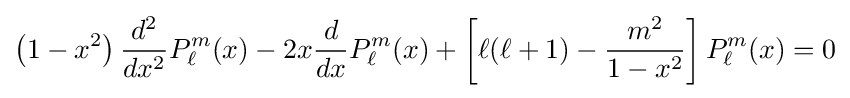
\left(1-x^{2}\right){\frac {d^{2}}{dx^{2}}}P_{\ell }^{m}(x)-2x{\frac {d}{dx}}P_{\ell }^{m}(x)+\left[\ell (\ell +1)-{\frac {m^{2}}{1-x^{2}}}\right]P_{\ell }^{m}(x)=0